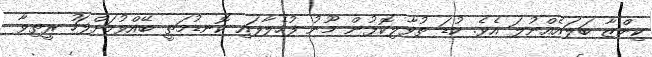
ކިންޒާ ބަލައެއްނުލަ އެވެ. ކުޑަ ތުވާލިކޮޅުން މޫނު ފުހެލާފައި ކޮނޑުމަތީ ބޭއްވުމަށްފަހު ރީތިވާ